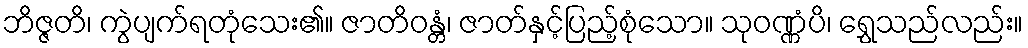
ဘိဇ္ဇတိ၊ ကွဲပျက်ရတုံသေး၏။ ဇာတိဝန္တံ၊ ဇာတ်နှင့်ပြည့်စုံသော။ သုဝဏ္ဏံပိ၊ ရွှေသည်လည်း။